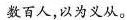
数百人，以为义从。